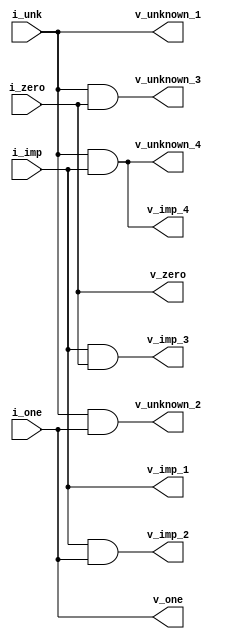

module Values(
    input i_one,
    input i_zero,
    input i_unk,
    input i_imp,
    output v_zero,
    output v_one,
    output v_unknown_1,
    output v_unknown_2,
    output v_unknown_3,
    output v_unknown_4,
    output v_imp_1,
    output v_imp_2,
    output v_imp_3,
    output v_imp_4
  );

  assign v_one = i_one;
  assign v_zero = i_zero;
  assign v_unknown_1 = i_unk;
  assign v_unknown_2 = i_unk & i_one;
  assign v_unknown_3 = i_unk & i_zero;
  assign v_unknown_4 = i_unk & i_imp;
  assign v_imp_1 = i_imp;
  assign v_imp_2 = i_imp & i_one;
  assign v_imp_3 = i_imp & i_zero;
  assign v_imp_4 = i_imp & i_unk;

endmodule

module test;

  reg i_one
    , i_zero
    , i_unk
    , i_imp;
  wire v_zero
     , v_one
     , v_unknown_1
     , v_unknown_2
     , v_unknown_3
     , v_unknown_4
     , v_imp_1
     , v_imp_2
     , v_imp_3
     , v_imp_4;

  Values V(i_one
         , i_zero
         , i_unk
         , i_imp
         , v_zero
         , v_one
         , v_unknown_1
         , v_unknown_2
         , v_unknown_3
         , v_unknown_4
         , v_imp_1
         , v_imp_2
         , v_imp_3
         , v_imp_4
         );
  
  initial begin
    $dumpvars(0, V);
    #10;
    i_one <=  1'b1;
    i_zero <= 1'b0;
    i_unk <=  1'bx;
    i_imp <=  1'bz;
    #500;
    $finish;
  end
endmodule